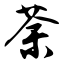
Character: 荼